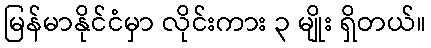
မြန်မာနိုင်ငံမှာ လိုင်းကား ၃ မျိုး ရှိတယ်။